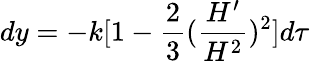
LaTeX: dy=-k[1-\frac{2}{3}(\frac{H^{\prime}}{H^{2}})^{2}]d\tau